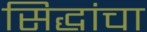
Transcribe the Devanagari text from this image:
सिद्धांचा